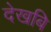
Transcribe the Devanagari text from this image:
देखबि